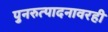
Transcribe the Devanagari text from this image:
पुनरुत्पादनावरही